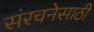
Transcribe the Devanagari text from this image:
संरचनेसाठी